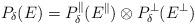
LaTeX: \begin{align*} P_\delta(E)=P^\parallel_\delta(E^\parallel)\otimes P^\perp_\delta(E^\perp)\end{align*}